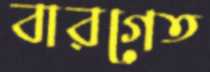
বারগেত